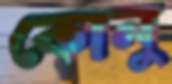
কোনু